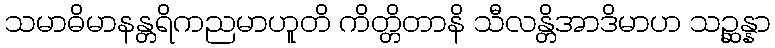
သမာဓိမာနန္တရိကညမာဟူတိ ကိတ္တိတာနိ သီလန္တိအာဒိမာဟ သဉ္ဆန္နာ